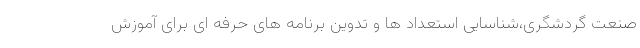
صنعت گردشگری،شناسایی استعداد ها و تدوین برنامه های حرفه ای برای آموزش